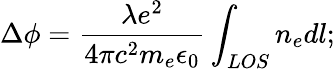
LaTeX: \Delta\phi=\frac{\lambda e^{2}}{4\pi c^{2}m_{e}\epsilon_{0}}\int_{LOS}n_{e}dl;